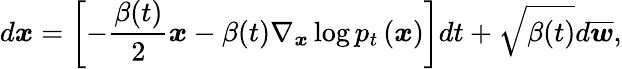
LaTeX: d\boldsymbol{x}=\left[-\frac{\beta(t)}{2}\boldsymbol{x}-\beta(t)\nabla_{\boldsymbol{x}}\log p_{t}\left(\boldsymbol{x}\right)\right]dt+\sqrt{\beta(t)}d\overline{{\boldsymbol{w}}},